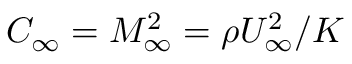
C _ { \infty } = M _ { \infty } ^ { 2 } = \rho U _ { \infty } ^ { 2 } / K